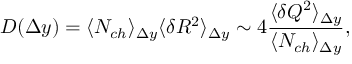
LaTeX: D ( \Delta y ) = \langle N _ { c h } \rangle _ { \Delta y } \langle \delta R ^ { 2 } \rangle _ { \Delta y } \sim 4 \frac { \langle \delta Q ^ { 2 } \rangle _ { \Delta y } } { \langle N _ { c h } \rangle _ { \Delta y } } ,